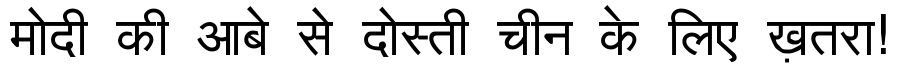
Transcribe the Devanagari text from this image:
मोदी की आबे से दोस्ती चीन के लिए ख़तरा!